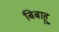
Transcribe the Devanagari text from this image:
बिबाहू